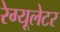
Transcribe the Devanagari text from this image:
रेग्यूलेटर